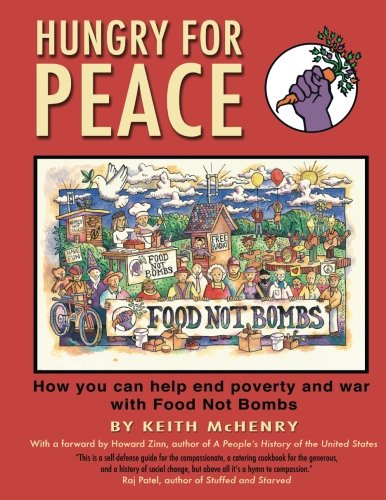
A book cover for Hungry for Peace: How You Can Help End Poverty and War with Food Not Bombs; Keith McHenry; Cookbooks, Food & Wine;